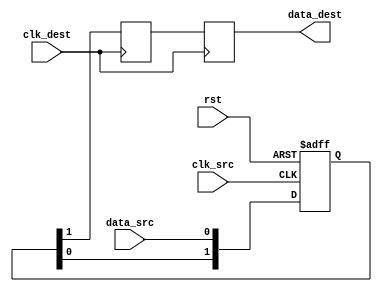
module synchronizer (
  input wire clk_src,
  input wire rst,
  input wire data_src,
  output reg data_dest,
  input wire clk_dest
);

  reg [1:0] ff_src;
  reg ff_dest;

  always @(posedge clk_src or posedge rst) begin
    if (rst) begin
      ff_src <= 2'b0;
    end else begin
      ff_src <= {ff_src[0], data_src};
    end
  end

  always @(posedge clk_dest) begin
    ff_dest <= ff_src[1];
    data_dest <= ff_dest;
  end

endmodule